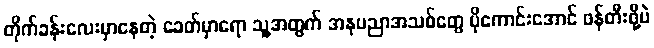
တိုက်ခန်းလေးမှာနေတဲ့ ခေတ်မှာရော သူ့အတွက် အနုပညာအသစ်တွေ ပိုကောင်းအောင် ဖန်တီးဖို့ပဲ